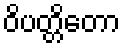
ဝိပတ္တိတော